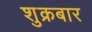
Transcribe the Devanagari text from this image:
शुक्रबार